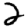
Digit: 2